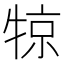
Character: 㹁